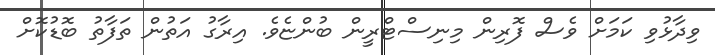
ވިދާޅުވި ކަމަށް ވެސް ފޮރިން މިނިސްޓްރީން ބުންޏެވެ. އިރާގު އަތުން ތަފާތު ބޮޑުކޮށް